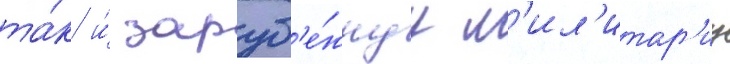
та́к и́ заруб'е́жнуу м'ил'итар'иу